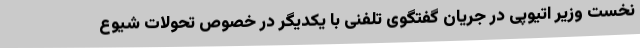
نخست وزیر اتیوپی در جریان گفتگوی تلفنی با یکدیگر در خصوص تحولات شیوع